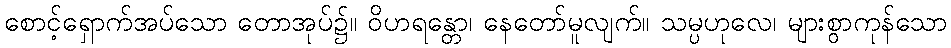
စောင့်ရှောက်အပ်သော တောအုပ်၌။ ဝိဟရန္တော၊ နေတော်မူလျက်။ သမ္ပဟုလေ၊ များစွာကုန်သော